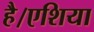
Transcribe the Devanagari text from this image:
है।एशिया